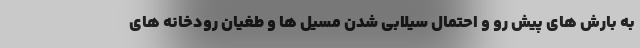
به بارش های پیش رو و احتمال سیلابی شدن مسیل ها و طغیان رودخانه های